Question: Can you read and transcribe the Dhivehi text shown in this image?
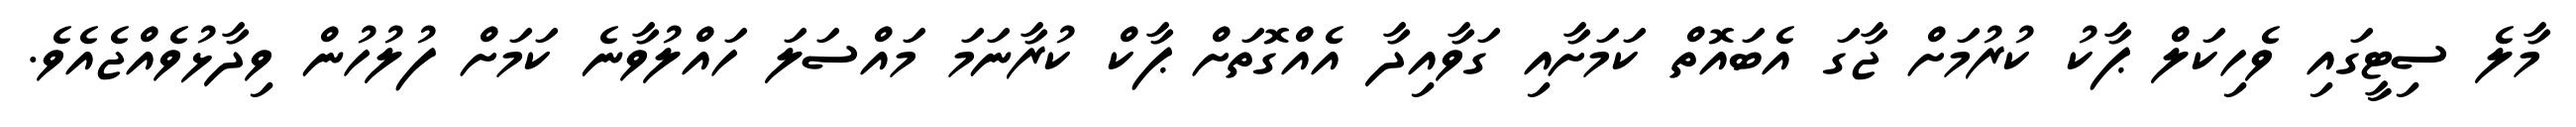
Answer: މާލެ ސިޓީގައި ވެހިކަލް ޕާކު ކުރުމަށް ޖާގަ އެބައޮތް ކަމަށާއި ގަވާއިދާ އެއްގޮތަށް ޕާކް ކުރާނަމަ މައްސަލަ ހައްލުވާނެ ކަމަށް ފުލުހުން ވިދާޅުވެއްޖެއެވެ.